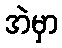
အဲမှာ